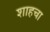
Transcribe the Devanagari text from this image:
शाहचा